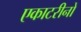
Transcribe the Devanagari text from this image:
एकाटरीनों